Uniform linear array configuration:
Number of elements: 64
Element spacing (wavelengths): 0.75
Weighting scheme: exponential
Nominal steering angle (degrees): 15
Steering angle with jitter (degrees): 14.767
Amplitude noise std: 0.05
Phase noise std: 0.05

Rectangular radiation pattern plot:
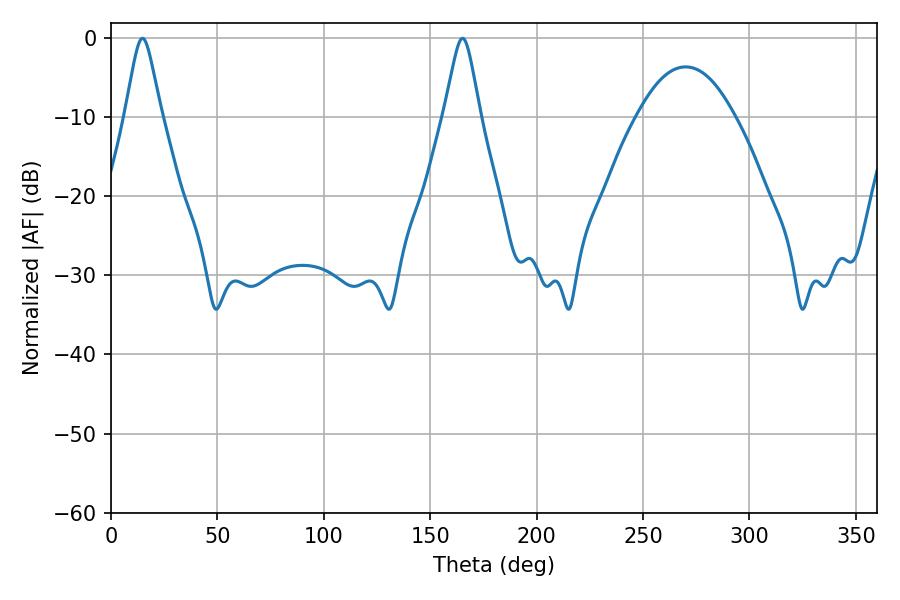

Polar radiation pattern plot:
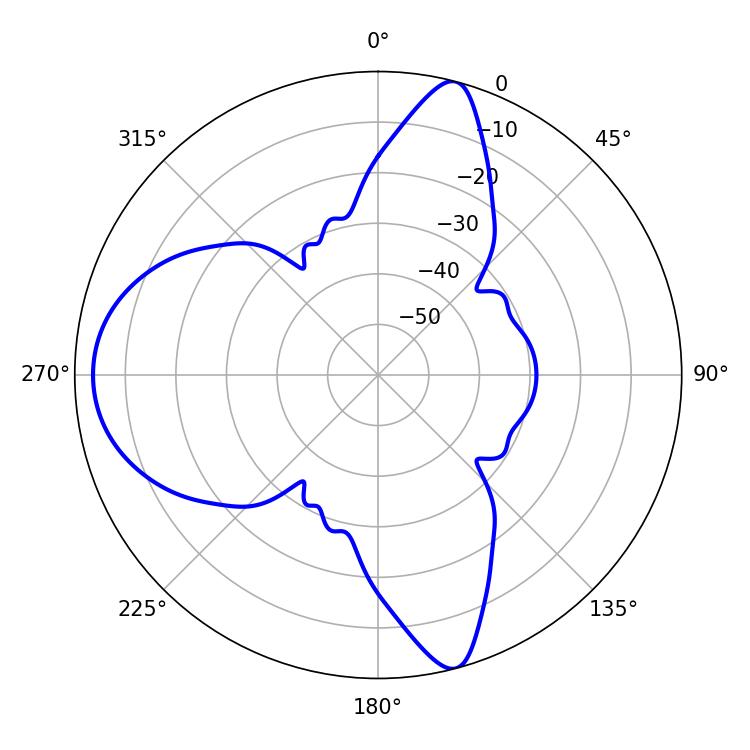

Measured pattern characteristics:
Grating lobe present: TRUE
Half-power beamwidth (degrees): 8.1
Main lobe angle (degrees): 14.76